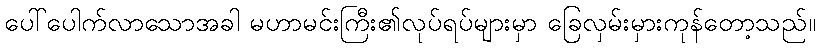
ပေါ်ပေါက်လာသောအခါ မဟာမင်းကြီး၏လုပ်ရပ်များမှာ ခြေလှမ်းမှားကုန်တော့သည်။